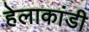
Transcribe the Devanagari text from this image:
हेलाकांडी